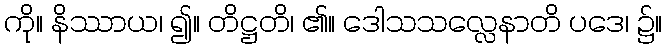
ကို။ နိဿာယ၊ ၍။ တိဋ္ဌတိ၊ ၏။ ဒေါသသလ္လေနာတိ ပဒေ၊ ၌။